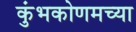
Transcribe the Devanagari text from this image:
कुंभकोणमच्या